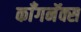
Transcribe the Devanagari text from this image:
काँगनॅक्स